Document type: Community of property
Year: 1312
Scribe: Pere Amorós
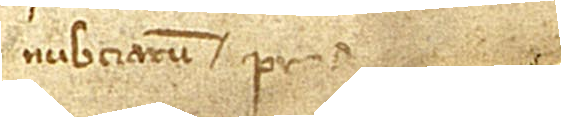
nubciarum, pre[sentibus testibus] [...]